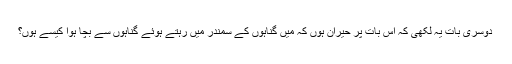
دوسری بات یہ لکھی کہ اس بات پر حیران ہوں کہ میں گناہوں کے سمندر میں رہتے ہوئے گناہوں سے بچا ہوا کیسے ہوں؟